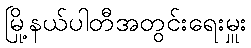
မြို့နယ်ပါတီအတွင်းရေးမှူး